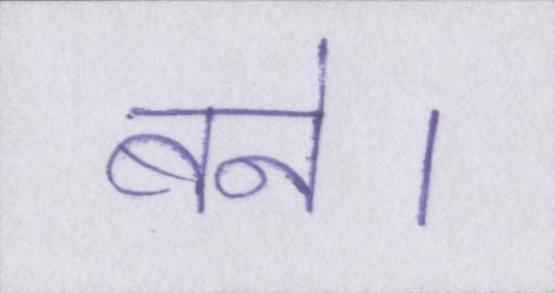
बने।